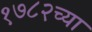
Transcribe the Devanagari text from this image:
१७८२च्या